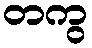
တကွ